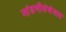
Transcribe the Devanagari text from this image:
मांडणीसंबंधात